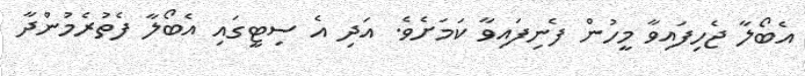
އެބޯލާ ޖެހިފައިވާ މީހުން ފެނިފައިވާ ކަަމަށެވެ. އަދި އެ ސިޓީގައި އެބޯލާ ފެތުރެމުންދާ